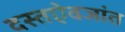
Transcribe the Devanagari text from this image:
दस्तऐवजांत